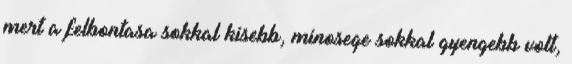
mert a felbontasa sokkal kisebb, minosege sokkal gyengebb volt,